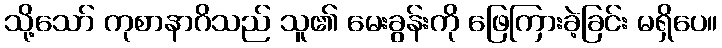
သို့သော် ကုစာနာဂိသည် သူ၏ မေးခွန်းကို ဖြေကြားခဲ့ခြင်း မရှိပေ။